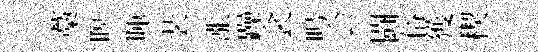
藁暝暉装漲躁衾鳴会闘俗獲稧